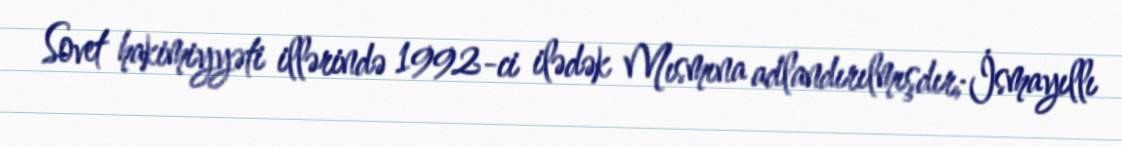
Sovet hakimiyyəti illərində 1992-ci ilədək Mısmına adlandırılmışdır; İsmayıllı